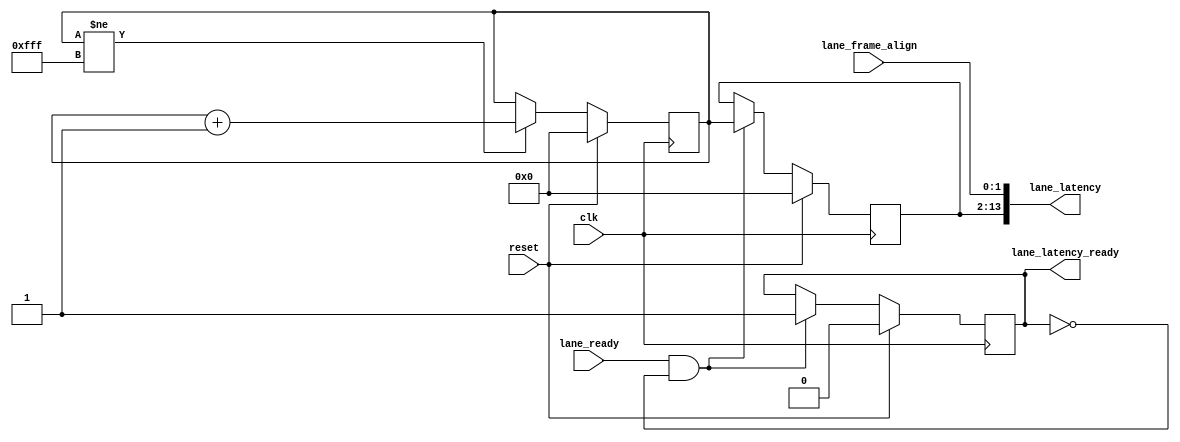
//
// The ADI JESD204 Core is released under the following license, which is
// different than all other HDL cores in this repository.
//
// Please read this, and understand the freedoms and responsibilities you have
// by using this source code/core.
//
// The JESD204 HDL, is copyright  2016-2017 Analog Devices Inc.
//
// This core is free software, you can use run, copy, study, change, ask
// questions about and improve this core. Distribution of source, or resulting
// binaries (including those inside an FPGA or ASIC) require you to release the
// source of the entire project (excluding the system libraries provide by the
// tools/compiler/FPGA vendor). These are the terms of the GNU General Public
// License version 2 as published by the Free Software Foundation.
//
// This core  is distributed in the hope that it will be useful, but WITHOUT ANY
// WARRANTY; without even the implied warranty of MERCHANTABILITY or FITNESS FOR
// A PARTICULAR PURPOSE. See the GNU General Public License for more details.
//
// You should have received a copy of the GNU General Public License version 2
// along with this source code, and binary.  If not, see
// <http://www.gnu.org/licenses/>.
//
// Commercial licenses (with commercial support) of this JESD204 core are also
// available under terms different than the General Public License. (e.g. they
// do not require you to accompany any image (FPGA or ASIC) using the JESD204
// core with any corresponding source code.) For these alternate terms you must
// purchase a license from Analog Devices Technology Licensing Office. Users
// interested in such a license should contact jesd204-licensing@analog.com for
// more information. This commercial license is sub-licensable (if you purchase
// chips from Analog Devices, incorporate them into your PCB level product, and
// purchase a JESD204 license, end users of your product will also have a
// license to use this core in a commercial setting without releasing their
// source code).
//
// In addition, we kindly ask you to acknowledge ADI in any program, application
// or publication in which you use this JESD204 HDL core. (You are not required
// to do so; it is up to your common sense to decide whether you want to comply
// with this request or not.) For general publications, we suggest referencing :
// The design and implementation of the JESD204 HDL Core used in this project
// is copyright  2016-2017, Analog Devices, Inc.
//

`timescale 1ns/100ps

module jesd204_lane_latency_monitor #(
  parameter NUM_LANES = 1
) (
  input clk,
  input reset,

  input [NUM_LANES-1:0] lane_ready,
  input [NUM_LANES*2-1:0] lane_frame_align,

  output [14*NUM_LANES-1:0] lane_latency,
  output [NUM_LANES-1:0] lane_latency_ready
);

reg [11:0] beat_counter;

reg [11:0] lane_latency_mem[0:NUM_LANES-1];
reg [NUM_LANES-1:0] lane_captured = 'h00;

always @(posedge clk) begin
  if (reset == 1'b1) begin
    beat_counter <= 'h0;
  end else if (beat_counter != 'hfff) begin
    beat_counter <= beat_counter + 1'b1;
  end
end

generate
genvar i;

for (i = 0; i < NUM_LANES; i = i + 1) begin: gen_lane
  always @(posedge clk) begin
    if (reset == 1'b1) begin
      lane_latency_mem[i] <= 'h00;
      lane_captured[i] <= 1'b0;
    end else if (lane_ready[i] == 1'b1 && lane_captured[i] == 1'b0) begin
      lane_latency_mem[i] <= beat_counter;
      lane_captured[i] <= 1'b1;
    end
  end

  assign lane_latency[i*14+13:i*14] = {lane_latency_mem[i],lane_frame_align[i*2+1:i*2]};
  assign lane_latency_ready[i] = lane_captured[i];
end
endgenerate

endmodule